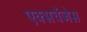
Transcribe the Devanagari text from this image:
एक्सचेंजेस